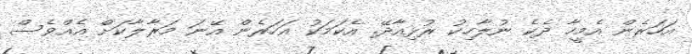
އަހަރެން އެމީހާ ދެކެ ނުލާހިކު ރުޅިއާދޭ. އެކަމަކު އަހަރެން އޭނަ މަރާލާކަށް އެއްވެސް